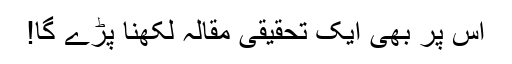
اس پر بھی ایک تحقیقی مقالہ لکھنا پڑے گا!